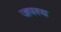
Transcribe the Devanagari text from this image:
जपस्य